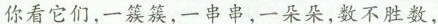
你看它们,一簇簇,一串串,一朵朵,数不胜数.